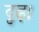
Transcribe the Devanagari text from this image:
दृढ़।